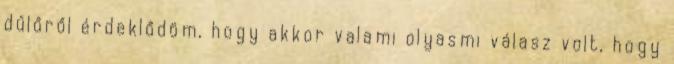
dűlőről érdeklődöm, hogy akkor valami olyasmi válasz volt, hogy